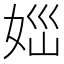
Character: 𡜪